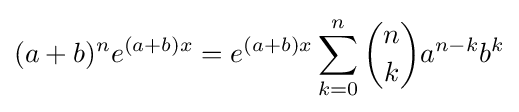
(a+b)^{n}e^{(a+b)x}=e^{(a+b)x}\sum _{k=0}^{n}{\binom {n}{k}}a^{n-k}b^{k}